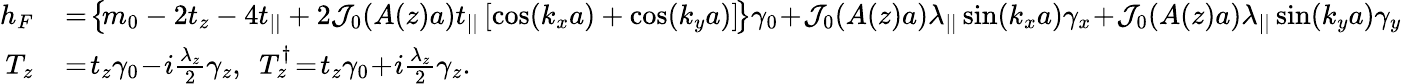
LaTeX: \begin{array}{rl}{h_{F}}&{{}\! =\! \left\{ \! m_{0}-2t_{z}-4t_{||}+2{\cal J}_{0}(A(z)a)t_{||}\left[\cos(k_{x}a)+\cos(k_{y}a)\right]\! \right\} \gamma_{0}\! +\! {\cal J}_{0}(A(z)a)\lambda_{||}\sin(k_{x}a)\gamma_{x}\! +\! {\cal J}_{0}(A(z)a)\lambda_{||}\sin(k_{y}a)\gamma_{y}}\\ {T_{z}}&{{}\! =\! t_{z}\gamma_{0}\! -\! i\frac{\lambda_{z}}{2}\gamma_{z},~~T_{z}^{\dagger}\! =\! t_{z}\gamma_{0}\! +\! i\frac{\lambda_{z}}{2}\gamma_{z}.}\end{array}